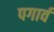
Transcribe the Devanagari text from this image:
पगार्व